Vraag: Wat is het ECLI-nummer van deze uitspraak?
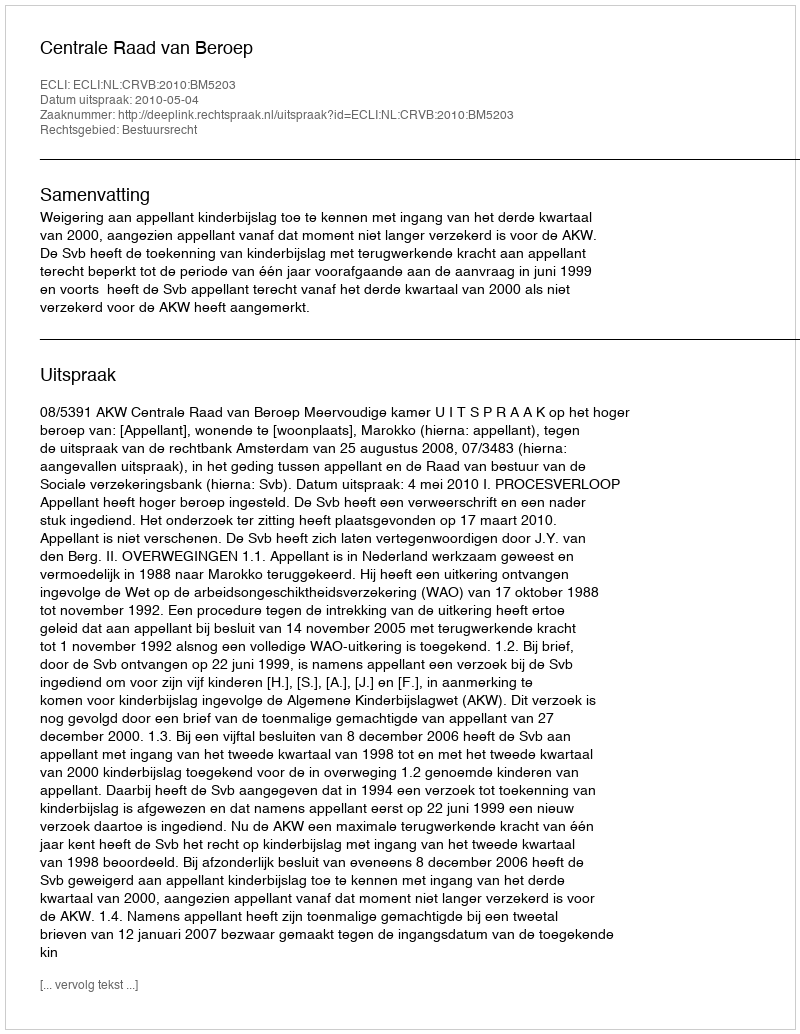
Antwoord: ECLI:NL:CRVB:2010:BM5203